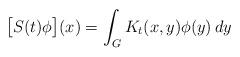
LaTeX: \begin{align*} \bigl[ S(t)\phi \bigr](x) = \int_G K_t(x,y)\phi(y)\,dy\end{align*}